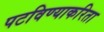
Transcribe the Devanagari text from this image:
पटविण्याकरिता